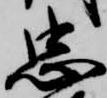
忠